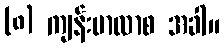
(၈) ကျန်းမာလာစ အခါ။